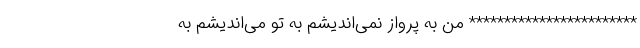
************************ من به پرواز نمی‌اندیشم به تو می‌اندیشم به